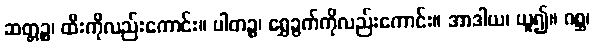
ဆတ္တဉ္စ၊ ထီးကိုလည်းကောင်း။ ပါတဉ္စ၊ ရွှေခွက်ကိုလည်းကောင်း။ အာဒါယ၊ ယူ၍။ ဂစ္ဆ၊